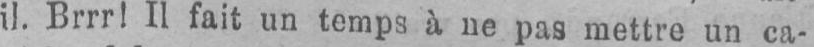
il. Brrr! Il fait un temps à ne pas mettre un ca-